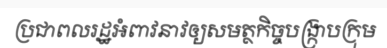
ប្រជាពលរដ្ឋអំពាវនាវឲ្យសមត្ថកិច្ចបង្ក្រាបក្រុម